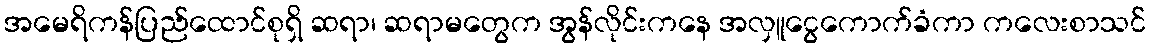
အမေရိကန်ပြည်ထောင်စုရှိ ဆရာ၊ ဆရာမတွေက အွန်လိုင်းကနေ အလှူငွေကောက်ခံကာ ကလေးစာသင်